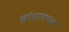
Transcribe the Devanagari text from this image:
बांधापासून